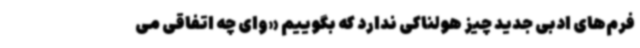
فرم‌های ادبی جدید چیز هولناکی ندارد که بگوییم «وای‌ چه اتفاقی می‌